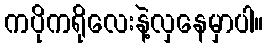
ကပိုကရိုလေးနဲ့လှနေမှာပါ။